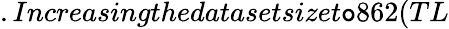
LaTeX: .Increasingthedatasetsizet\mathtt{o}862(TL